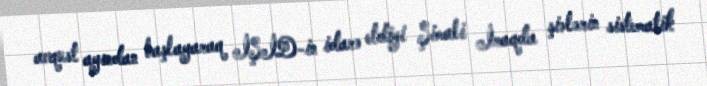
avqust ayından başlayaraq İŞİD-in idarə etdiyi Şimali İraqda şiələrin sistematik